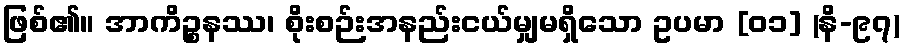
ဖြစ်၏။ အာကိဉ္စနဿ၊ စိုးစဉ်းအနည်းငယ်မျှမရှိသော ဥပမာ [၀၁] (နိ-၉၇)